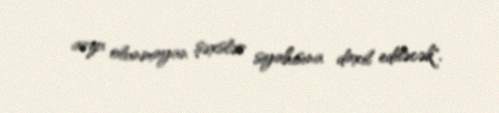
arzu olunmayan şəxslər siyahısına daxil ediləcək".